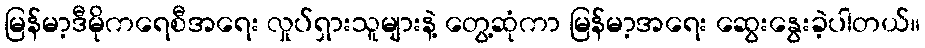
မြန်မာ့ဒီမိုကရေစီအရေး လှုပ်ရှားသူများနဲ့ တွေ့ဆုံကာ မြန်မာ့အရေး ဆွေးနွေးခဲ့ပါတယ်။